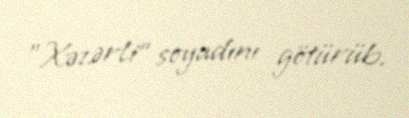
"Xəzərli" soyadını götürüb.